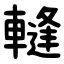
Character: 䡫